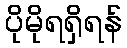
ပိုမိုရရှိရန်